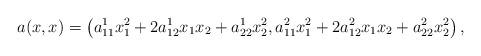
LaTeX: \begin{align*}a(x,x)=\left(a_{11}^1x_1^2+2a_{12}^1x_1x_2+a_{22}^1x_2^2,a_{11}^2x_1^2+2a_{12}^2x_1x_2+a_{22}^2x_2^2\right),\end{align*}